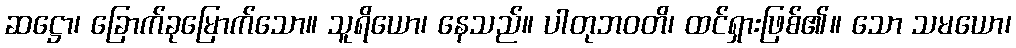
ဆဋ္ဌော၊ ခြောက်ခုမြောက်သော။ သူရိယော၊ နေသည်။ ပါတုဘဝတိ၊ ထင်ရှားဖြစ်၏။ သော သမယော၊